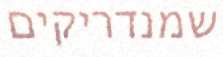
שמנדריקים